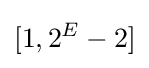
[1,2^{E}-2]